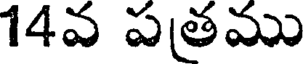
14వ పత్రము